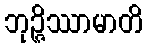
ဘုဉ္ဇိဿာမာတိ